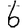
Digit: 6